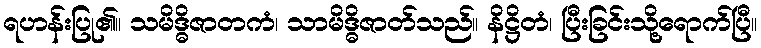
ရဟန်းပြု၏။ သမိဒ္ဓိဇာတကံ၊ သာမိဒ္ဓိဇာတ်သည်။ နိဋ္ဌိတံ၊ ပြီးခြင်းသို့ရောက်ပြီ။